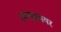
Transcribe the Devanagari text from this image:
अल्झामयर